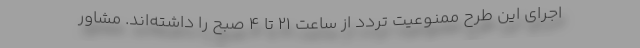
اجرای این طرح ممنوعیت تردد از ساعت ۲۱ تا ۴ صبح را داشته‌اند. مشاور